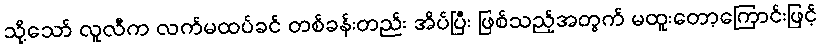
သို့သော် လူလီက လက်မထပ်ခင် တစ်ခန်းတည်း အိပ်ပြီး ဖြစ်သည့်အတွက် မထူးတော့ကြောင်းဖြင့်